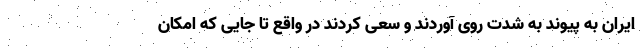
ایران به پیوند به شدت روی آوردند و سعی کردند در واقع تا جایی که امکان